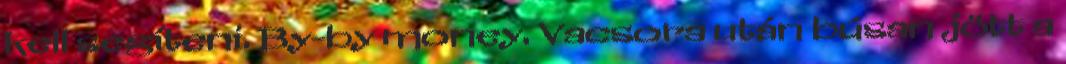
kell segíteni. By-by money. Vacsora után búsan jött a